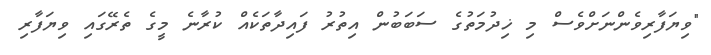
"ވިޔަފާރިވެންނަށްވެސް މި ޚިދުމަތުގެ ސަބަބުން އިތުރު ފައިދާތަކެއް ކުރާނެ މީގެ ތެރޭގައި ވިޔަފާރި